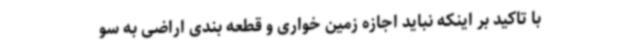
با تاکید بر اینکه نباید اجازه زمین خواری و قطعه بندی اراضی به سو